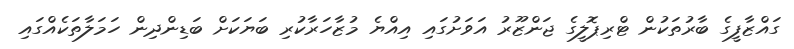
ގައްޒާފީގެ ބާރުތަކުން ޓްރިޕޮލީގެ ޖަންޒޫރު އަވަށުގައި އިއްޔެ މުޒާހަރާކުރި ބަޔަކަށް ބަޑިންދިން ހަމަލާތަކެއްގައި